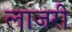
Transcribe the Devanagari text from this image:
लाजरी